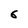
Character: 6